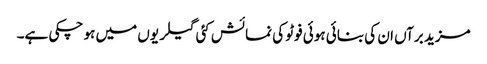
مزید برآں ان کی بنائی ہوئی فوٹو کی نمائش کئی گیلریوں میں ہو چکی ہے۔